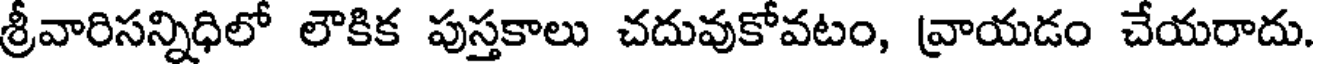
శ్రీవారిసన్నిధిలో లౌకిక పుస్తకాలు చదువుకోవటం, వ్రాయడం చేయరాదు.